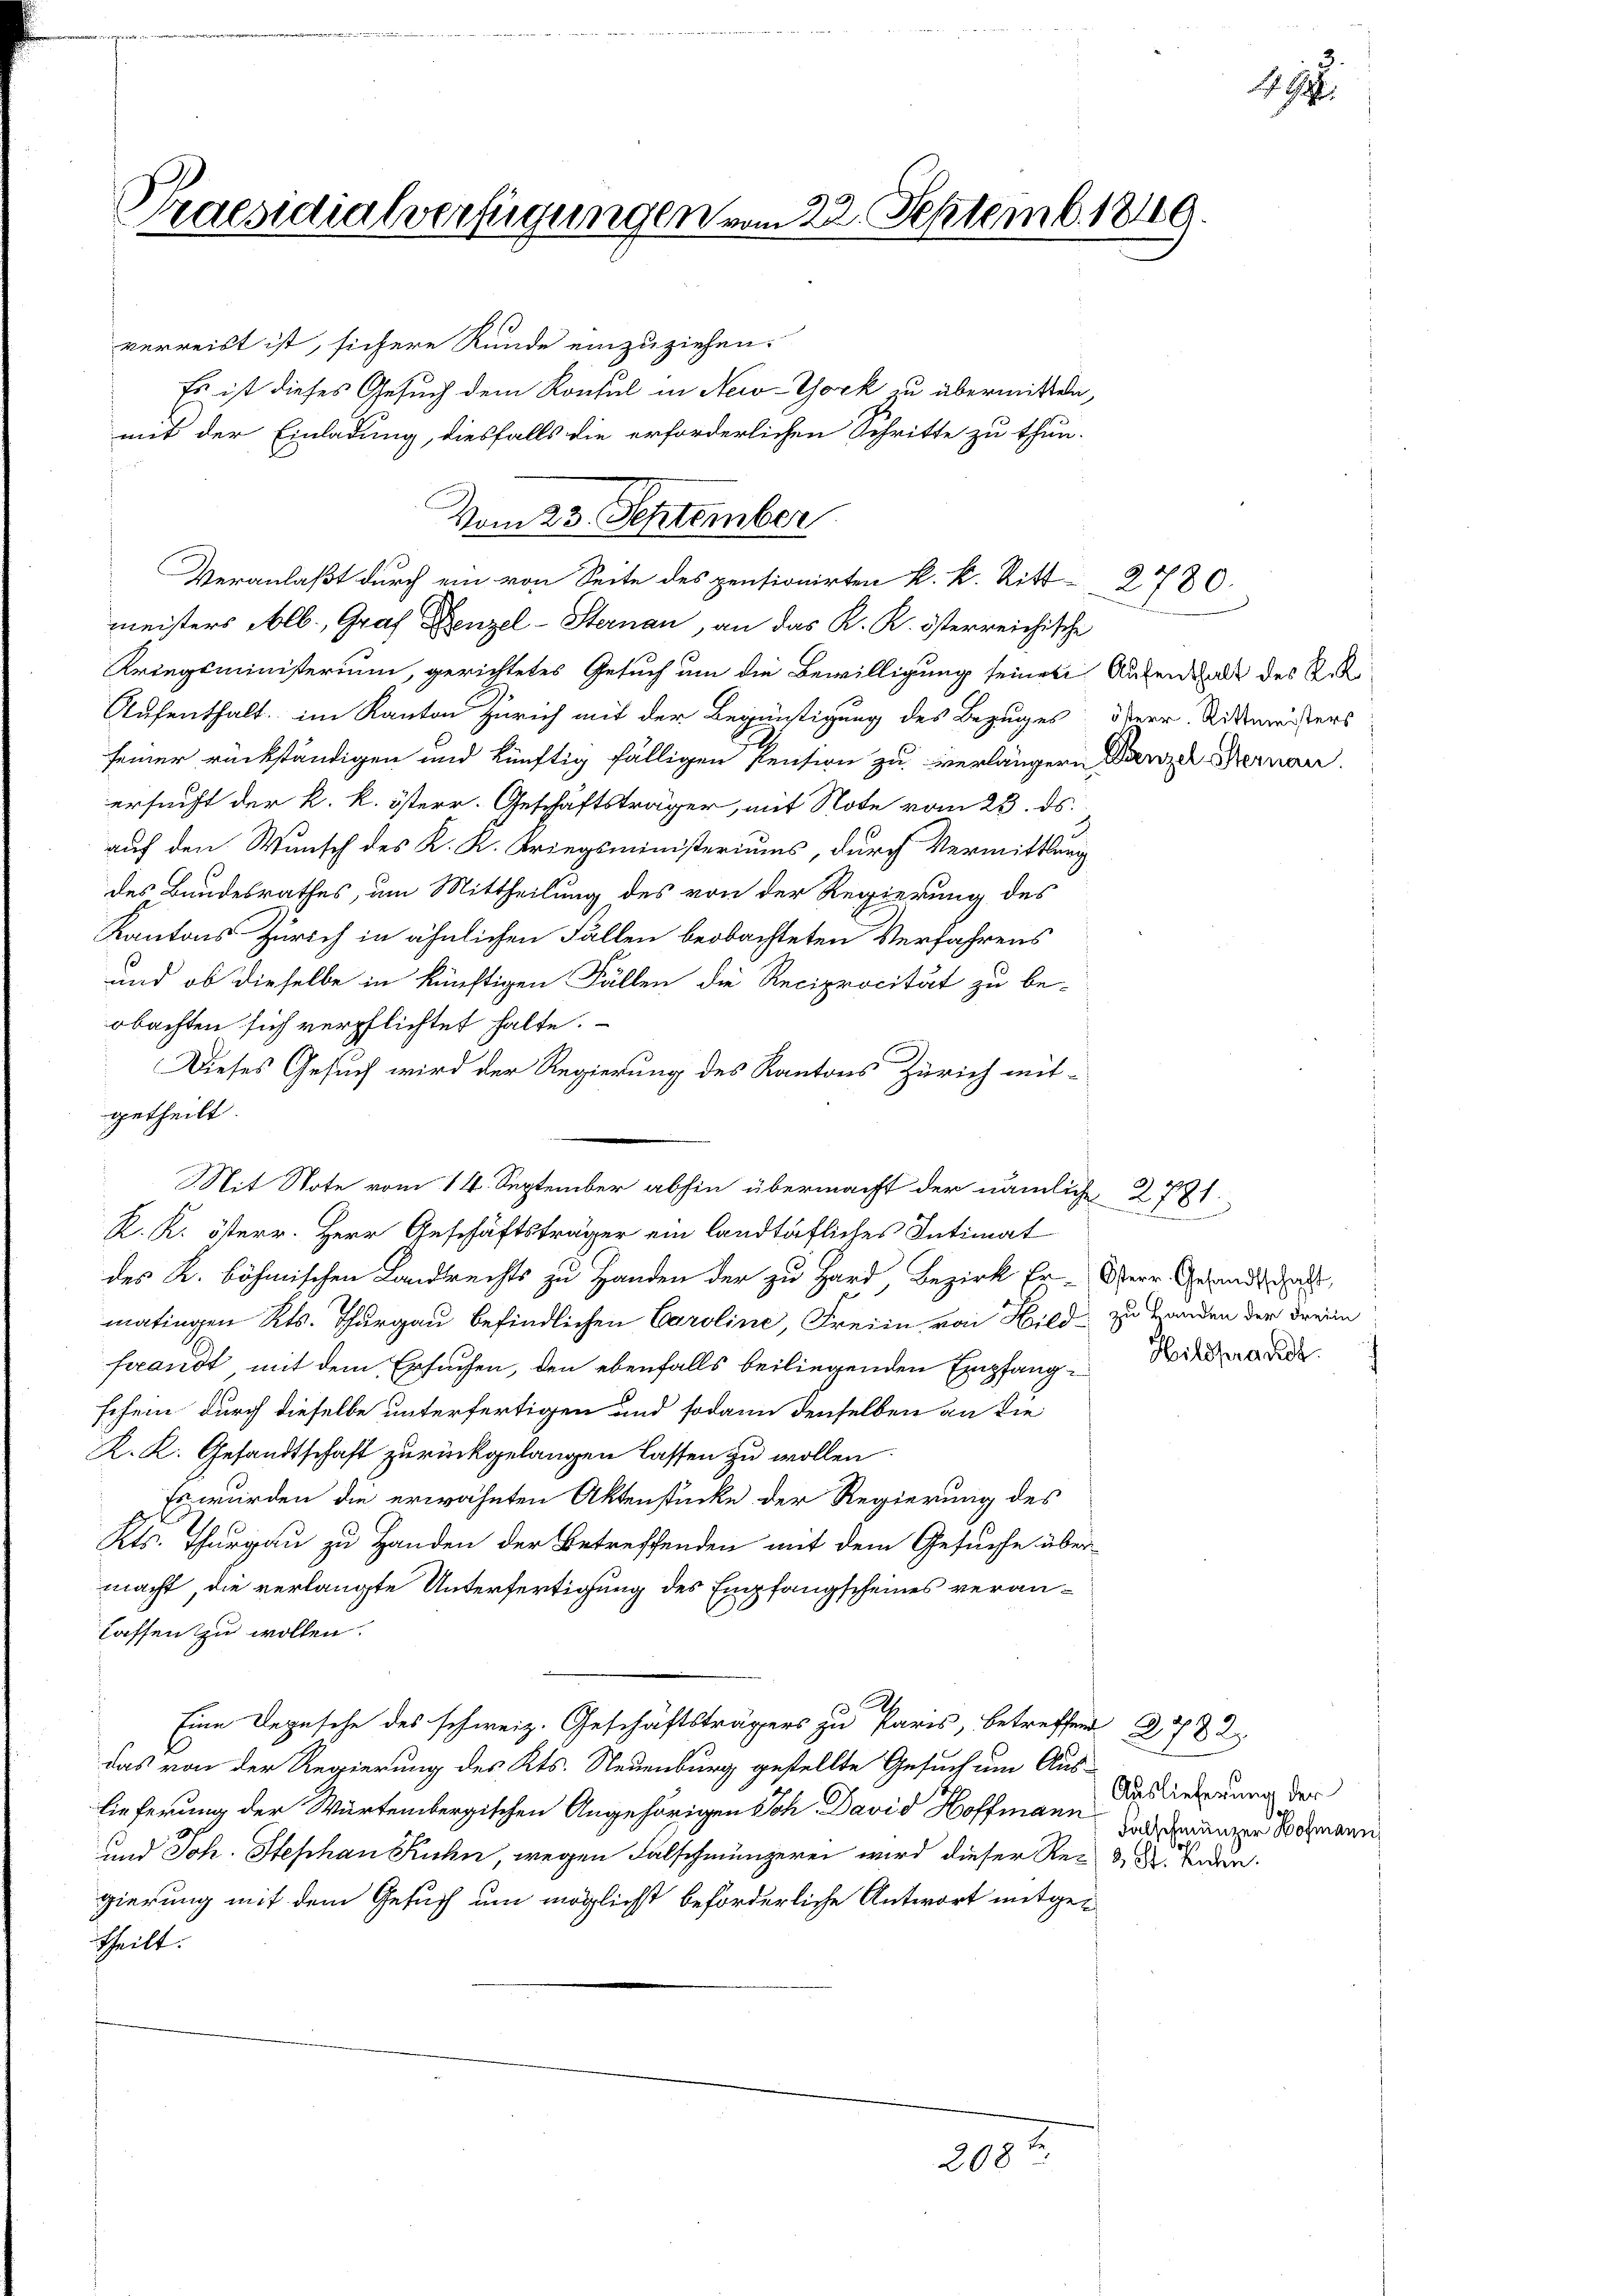
Praesidialverfügungen vom 22. Septemb. 1849.

verreist ist, sichere Runde einzuziehen.
Es ist dieses Gesuch dem Konsul in New-York zu übermitteln,
mit der Einladung, diesfalls die erforderlichen Schritte zu thun.
f
Kriegsministerium, gerichtetes Gesuch um die Bewilligung seiner Aufenthalt des Rek¬
Aufenthalt, im Kanton Zürich mit der Begünstigung des Bezuges Herr Rittmeisters
seiner rückständigen und künftig fälligen Pension zu verlängern Danze Bernan
ersucht der k. k. österr. Geschäftsträger, mit Note vom 23. ds.
auf den Wunsch des K. K. Kriegsministeriums, durch Vermittlung
des Bundesrathes, um Mittheilung des von der Regierung des
Kantons Zürich in ähnlichen Fällen beobachteten Verfahrens
und ob dieselbe in künftigen Fällen die Reciprocität zu be-
obachten sich verpflichtet halte.
Dieses Gesuch wird der Regierung des Kantons Zürich mit-
getheilt.
Mit Note vom 14. September abhin übermacht der nämliche 2721.
K. K. österr. Herr Geschäftsträger ein landtäfliches Intimat
des K. böhmischen Landrechts zu Handen der zu Hard Bezirk Er- Herr Gesandt hat,
matingen Kts. Thurgau befindlichen Caroline, Freiin von Bild zu Handen der Freien
fwandt mit dem Ersuchen, den ebenfalls beiliegenden Empfang-Nidari
schein durch dieselbe unterfertigen und sodann denselben an die
K. K. Gesandtschaft zurückgelangen lassen zu wollen.
Es wurden die erwähnten Aktenstücke der Regierung des
Kts. Thurgau zu Handen der Betreffenden mit dem Gesuche über
macht, die verlangte Unterfertigung des Empfangscheines veranlassen zu wollen.
Eine Depesche des schweiz. Geschäftsträgers zu Paris, betreffend 3782
das von der Regierung des Kts. Neuenburg gestellte Gesuch um Aus-
lieferung der Würtembergischen Angehörigen Joh David Hoffmann und denen Hochmann
und Joh. Stephan Kuhn, wegen Falschmüngerei wird dieser Rede. Ender
gierung mit dem Gesuch um möglichst beförderliche Antwort mitgetheilt.
203

Vom 23. September
Veranlaßt durch ein von Seite des pentionirten k. k. Ritt2780.
meisters Alb. Graf enzel-Sternau, an das K. K. österreichische

Auslieferung der
.

19